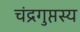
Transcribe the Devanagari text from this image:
चंद्रगुप्तस्य